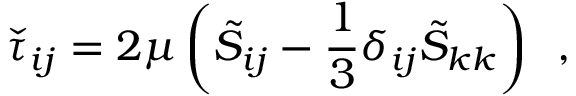
\check { \tau } _ { i j } = 2 \mu \left( \tilde { S } _ { i j } - \frac { 1 } { 3 } \delta _ { i j } \tilde { S } _ { k k } \right) \, \mathrm { ~ , ~ }